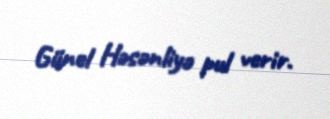
Günel Həsənliyə pul verir.